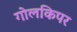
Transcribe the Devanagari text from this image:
गोलकिपर